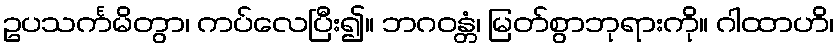
ဥပသင်္ကမိတွာ၊ ကပ်လေပြီး၍။ ဘဂဝန္တံ၊ မြတ်စွာဘုရားကို။ ဂါထာဟိ၊